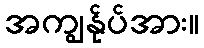
အကျွန်ုပ်အား။